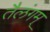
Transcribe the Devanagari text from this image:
तैलंगम्